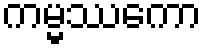
ကမ္မဿကော